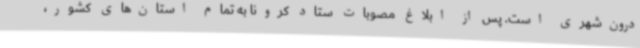
درون‌شهری است. پس از ابلاغ مصوبات ستاد کرونا به تمام استان‌های کشور،